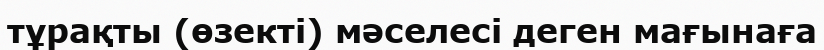
тұрақты (өзекті) мәселесі деген мағынаға